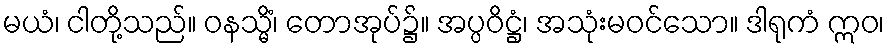
မယံ၊ ငါတို့သည်။ ဝနသ္မိံ၊ တောအုပ်၌။ အပ္ပဝိဋ္ဌံ၊ အသုံးမဝင်သော။ ဒါရုကံ ဣဝ၊